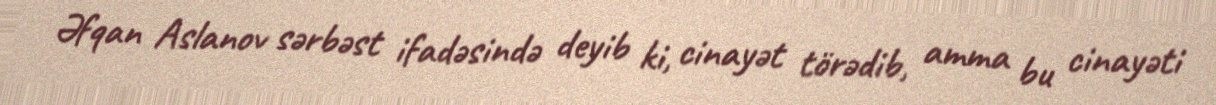
Əfqan Aslanov sərbəst ifadəsində deyib ki, cinayət törədib, amma bu cinayəti